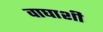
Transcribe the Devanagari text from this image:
वाघाशी